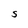
Character: S